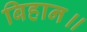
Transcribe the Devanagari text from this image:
बिहान॥